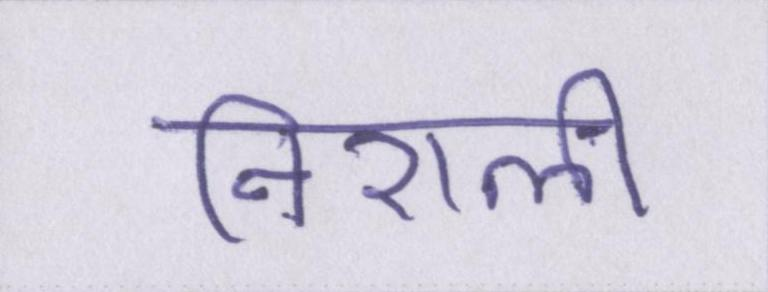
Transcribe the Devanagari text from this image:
निराली